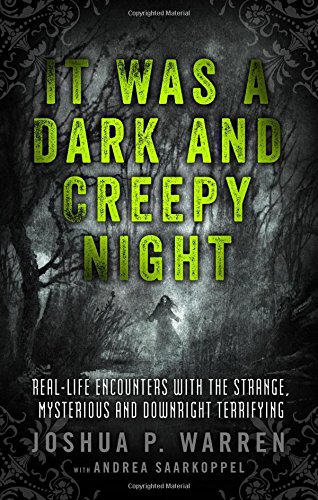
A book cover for It Was a Dark and Creepy Night: Real-Life Encounters with the Strange, Mysterious, and Downright Terrifying; Joshua Warren; Religion & Spirituality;